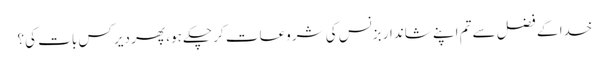
خدا کے فضل سے تم اپنے شاندار بزنس کی شروعات کر چکے ہو، پھر دیر کس بات کی؟